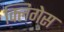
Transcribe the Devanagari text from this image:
क्लिगेस